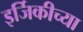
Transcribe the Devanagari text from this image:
इर्जिकीच्या